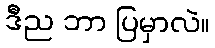
ဒီည ဘာ ပြမှာလဲ။